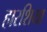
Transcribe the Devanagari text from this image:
हारशिया